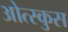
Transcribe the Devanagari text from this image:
ओत्स्कुस